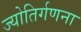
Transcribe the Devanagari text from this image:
ज्योतिर्गणना